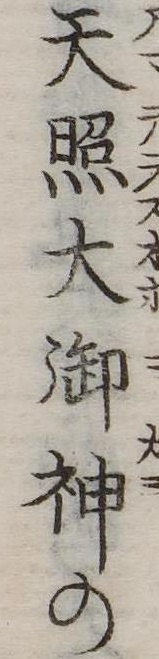
天照大御神の